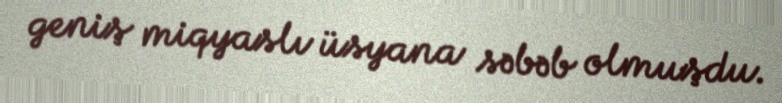
geniş miqyaslı üsyana səbəb olmuşdu.